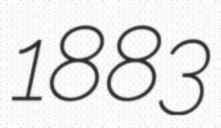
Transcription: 1883